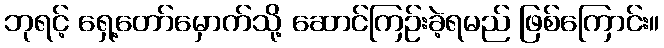
ဘုရင့် ရှေ့တော်မှောက်သို့ ဆောင်ကြဉ်းခဲ့ရမည် ဖြစ်ကြောင်း။